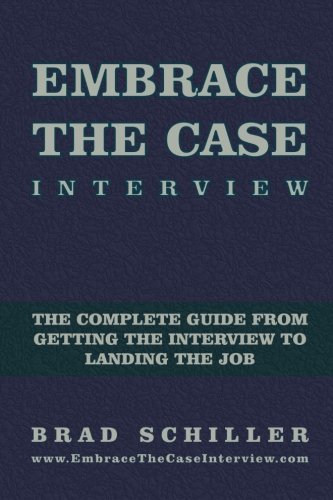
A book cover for Embrace the Case Interview: Paperback Edition: The complete guide from getting the interview to landing the job; Brad Schiller; Business & Money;